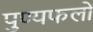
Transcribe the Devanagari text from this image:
पुण्यफलों